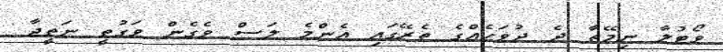
ވޯޓުލާ ނިމޭތާ ދެ ދުވަހެއްގެ ތެރޭގައި އެންމެ ލަސް ވެގެން ވަގުތީ ނަތީޖާ